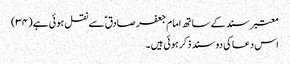
معتبر سند کے ساتھ امام جعفر صادق ؑ سے نقل ہو ئی ہے (۳۴)
اس دعا کی دو سند ذکر ہوئی ہیں ۔